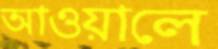
আওয়ালে